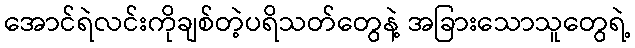
အောင်ရဲလင်းကိုချစ်တဲ့ပရိသတ်တွေနဲ့ အခြားသောသူတွေရဲ့